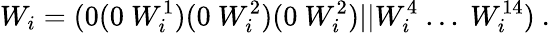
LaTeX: W_{i}=(0(0~W_{i}^{1})(0~W_{i}^{2})(0~W_{i}^{2})\vert\vert W_{i}^{4}~...~W_{i}^{14})~.